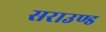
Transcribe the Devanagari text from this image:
सराउण्ड